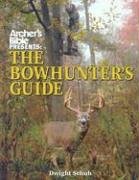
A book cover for Archer's Bible Presents the Bowhunting Guide (Hunting & Shooting); Dwight Schuh; Sports & Outdoors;